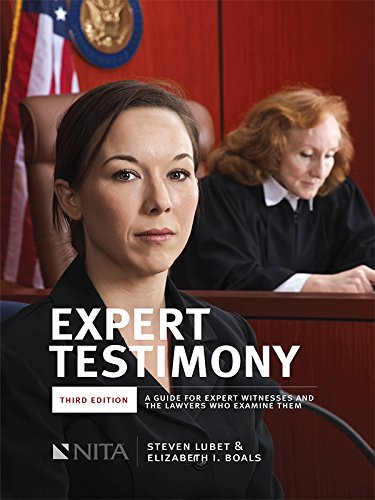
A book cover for Expert Testimony: A Guide for Expert Witnesses and the Lawyers Who Examine Them; Steven Lubet; Reference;